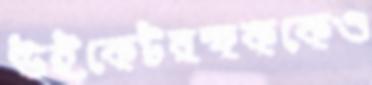
উইকেটরক্ষককেও